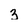
Character: 3